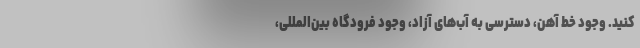
کنید. وجود خط آهن، دسترسی به آب‌های آزاد، وجود فرودگاه بین‌المللی،